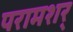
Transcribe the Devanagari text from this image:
परामशर्